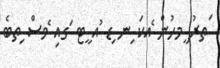
ަތރު ީމހުން ެއކަ ިނ ިޑ ުއ ީޓ ަގއި ެވސް ިތބެ